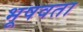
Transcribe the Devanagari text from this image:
भूषवता